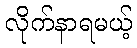
လိုက်နာရမယ့်